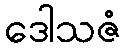
ဒေါသဇံ